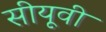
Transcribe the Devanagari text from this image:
सीयूवी